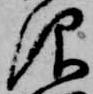
仰